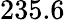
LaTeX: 235.6